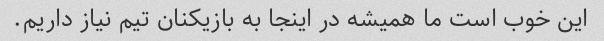
این خوب است ما همیشه در اینجا به بازیکنان تیم نیاز داریم.